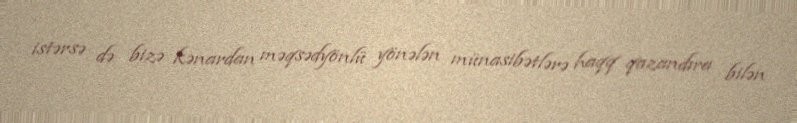
istərsə də bizə kənardan məqsədyönlü yönələn münasibətlərə haqq qazandıra bilən